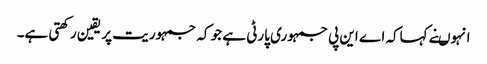
انہوںنے کہاکہ اے این پی جمہوری پارٹی ہے جو کہ جمہوریت پر یقین ر کھتی ہے۔